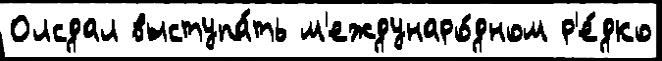
Олсдал выступа́ть м'еждунаро́дном р'е́дко